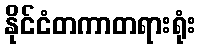
နိုင်ငံတကာတရားရုံး